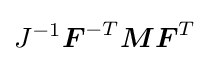
J^{-1}{\boldsymbol {F}}^{-T}{\boldsymbol {M}}{\boldsymbol {F}}^{T}